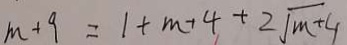
m + 9 = 1 + m + 4 + 2 \sqrt { m + 4 }